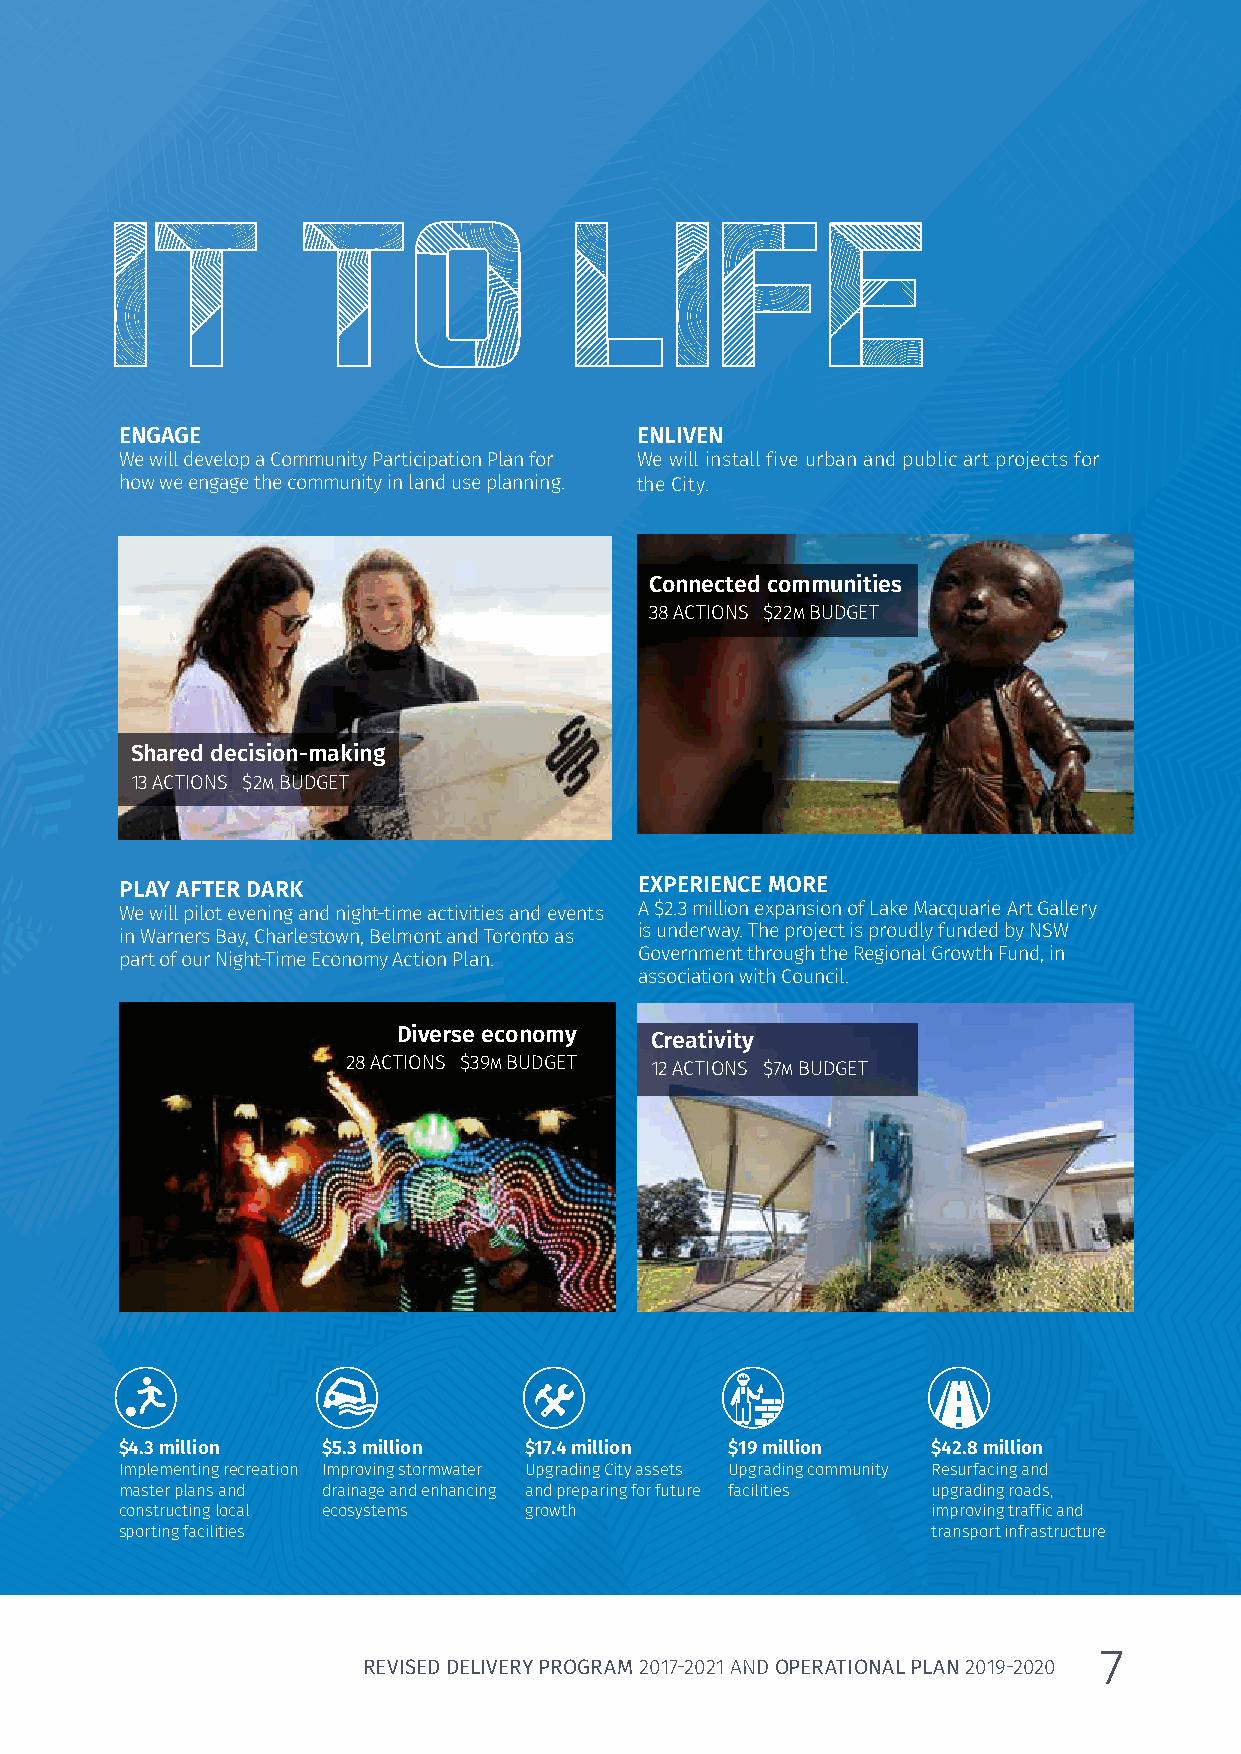
LET’S BRING IT      TO                LIFE
 ENGAGE                            ENLIVEN
 We will develop a Community Participation Plan for We will install five urban and public art projects for
 how we engage the community in land use planning. the City.
 Connected communities
 38 ACTIONS $22M BUDGET
 Shared decision-making
 13 ACTIONS $2M BUDGET
 PLAY AFTER DARK                   EXPERIENCE MORE
 We will pilot evening and night-time activities and events A $2.3 million expansion of Lake Macquarie Art Gallery
 in Warners Bay, Charlestown, Belmont and Toronto as is underway. The project is proudly funded by NSW
 part of our Night-Time Economy Action Plan. Government through the Regional Growth Fund, in
 association with Council.
 Diverse economy  Creativity
 28 ACTIONS $39M BUDGET 12 ACTIONS $7M BUDGET
 $4.3 million $5.3 million  $17.4 million $19 million  $42.8 million
 Implementing recreation Improving stormwater Upgrading City assets Upgrading community Resurfacing and
 master plans and drainage and enhancing and preparing for future facilities upgrading roads,
 constructing local ecosystems growth                  improving traffic and
 sporting facilities                                   transport infrastructure
 7
 REVISED DELIVERY PROGRAM 2017-2021 AND OPERATIONAL PLAN 2019-2020